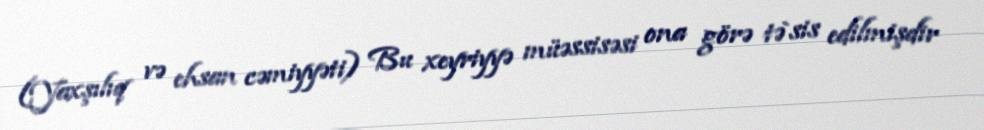
(Yaxşılıq və ehsan cəmiyyəti) Bu xeyriyyə müəssisəsi ona görə tə`sis edilmişdir